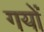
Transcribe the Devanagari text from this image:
गयों